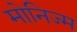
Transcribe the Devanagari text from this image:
मोनिज्म